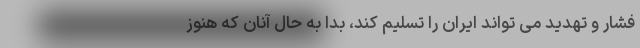
فشار و تهدید می تواند ایران را تسلیم کند، بدا به حال آنان که هنوز